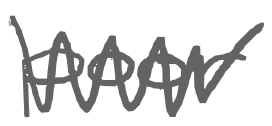
Text: poor
Cross-out: zig-zag
Writing tool: digital_gray